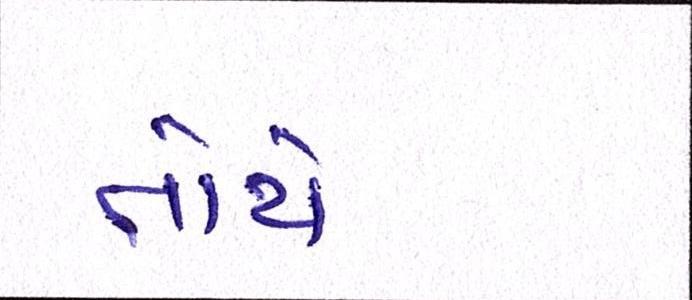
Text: તોયે